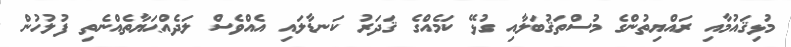
މުޅިޤައުމާއި ރައްޔިތުންގެ މުސްތަޤުބަލާއި ގުޅޭ ކަމެއްގެ ޤަދަރު ކަނޑާލައި އެއްވެސް ލަދެއްޙަޔާތެއްނެތި ފުލުހުން